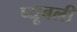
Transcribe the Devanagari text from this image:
प्यूबली